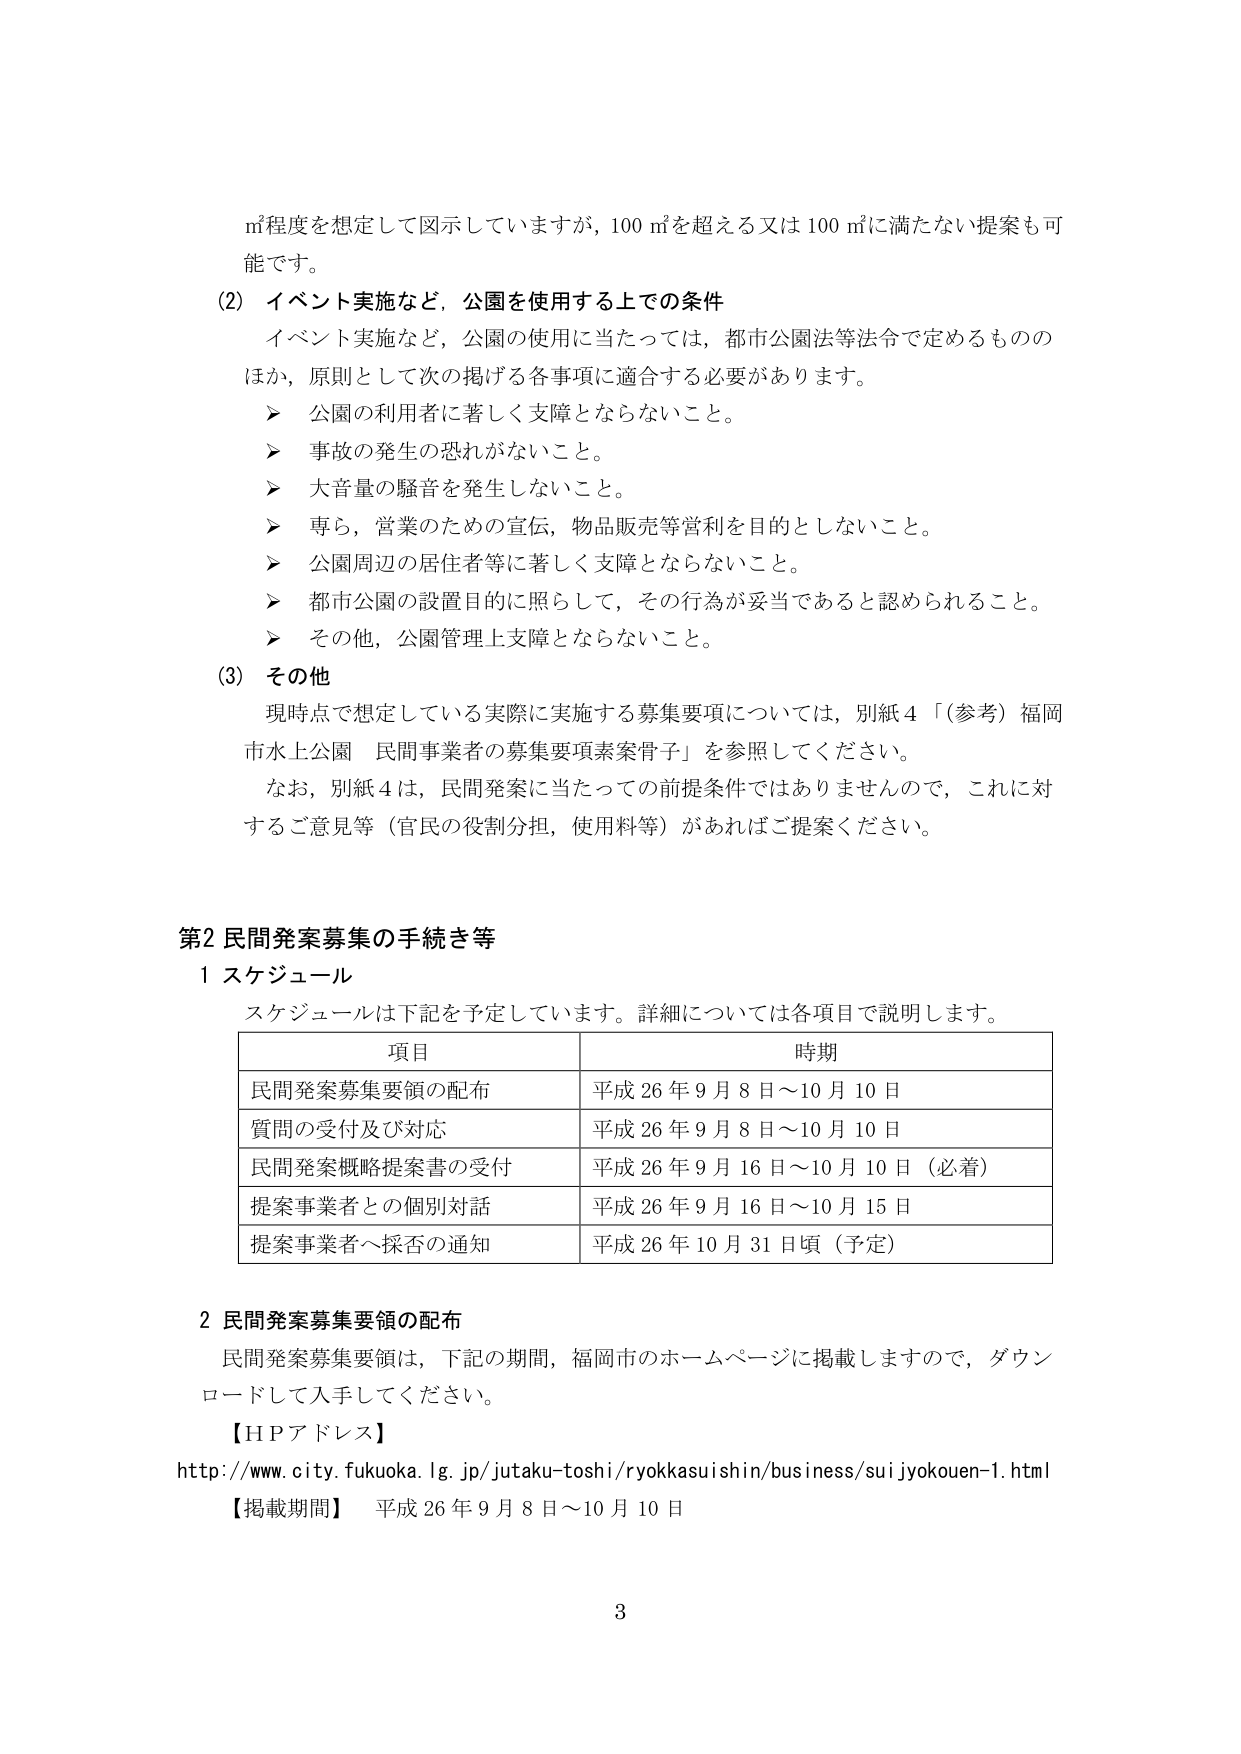
㎡程度を想定して図示していますが，100 ㎡を超える又は 100 ㎡に満たない提案も可能です。

(2) イベント実施など，公園を使用する上での条件
　イベント実施など，公園の使用に当たっては，都市公園法等法令で定めるもののほか，原則として次の掲げる各事項に適合する必要があります。
　➤ 公園の利用者に著しく支障とならないこと。
　➤ 事故の発生の恐れがないこと。
　➤ 大音量の騒音を発生しないこと。
　➤ 専ら，営業のための宣伝，物品販売等営利を目的としないこと。
　➤ 公園周辺の居住者等に著しく支障とならないこと。
　➤ 都市公園の設置目的に照らして，その行為が妥当であると認められること。
　➤ その他，公園管理上支障とならないこと。

(3) その他
　現時点で想定している実際に実施する募集要項については，別紙4「（参考）福岡市水上公園 民間事業者の募集要項素案骨子」を参照してください。
　なお，別紙4は，民間発案に当たっての前提条件ではありませんので，これに対するご意見等（官民の役割分担，使用料等）があればご提案ください。

第2 民間発案募集の手続き等

1 スケジュール
　スケジュールは下記を予定しています。詳細については各項目で説明します。

| 項目 | 時期 |
|------|------|
| 民間発案募集要領の配布 | 平成26年9月8日～10月10日 |
| 質問の受付及び対応 | 平成26年9月8日～10月10日 |
| 民間発案概略提案書の受付 | 平成26年9月16日～10月10日（必着） |
| 提案事業者との個別対話 | 平成26年9月16日～10月15日 |
| 提案事業者へ採否の通知 | 平成26年10月31日頃（予定） |

2 民間発案募集要領の配布
　民間発案募集要領は，下記の期間，福岡市のホームページに掲載しますので，ダウンロードして入手してください。

【ＨＰアドレス】
http://www.city.fukuoka.lg.jp/jutaku-toshi/ryokkasuishin/business/suijyokouen-1.html

【掲載期間】 平成26年9月8日～10月10日

3